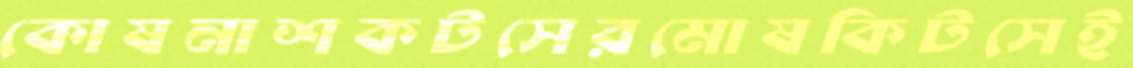
কোষনাশকটসেরমোষকিটসেই